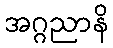
အဂ္ဂညာနိ